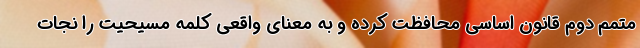
متمم دوم قانون اساسی محافظت کرده و به معنای واقعی کلمه مسیحیت را نجات